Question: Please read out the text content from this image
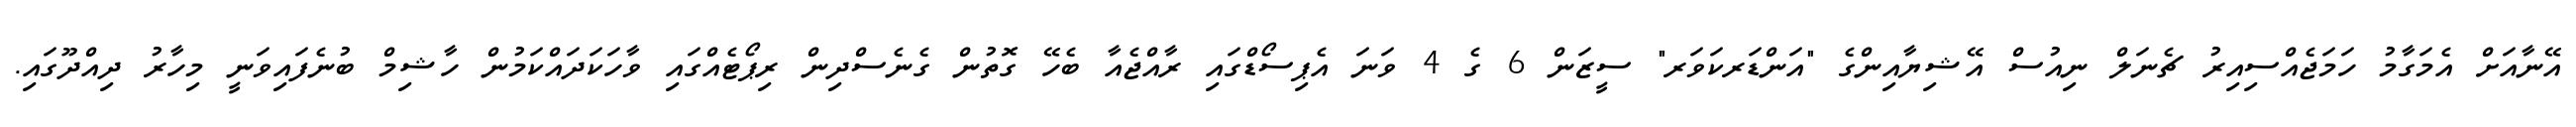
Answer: އޭނާއަށް އެމަގާމު ހަމަޖެއްސިއިރު ޗެނަލް ނިއުސް އޭޝިޔާއިންގެ "އަންޑަރކަވަރ" ސީޒަން 6 ގެ 4 ވަނަ އެޕިސޯޑްގައި ރާއްޖެއާ ބެހޭ ގޮތުން ގެނެސްދިން ރިޕޯޓެއްގައި ވާހަކަދައްކަމުން ހާޝިމް ބުނެފައިވަނީ މިހާރު ދިއްދޫގައި.